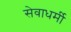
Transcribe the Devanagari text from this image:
सेवाधर्मी